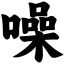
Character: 噪